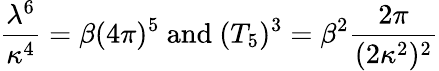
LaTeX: \frac{\lambda^{6}}{\kappa^{4}}=\beta(4\pi)^{5}\mathrm{~and~}(T_{5})^{3}=\beta^{2}\frac{2\pi}{(2\kappa^{2})^{2}}